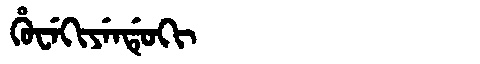
Manchu: ᡥᡠᠸᡝᡴᡳᠶᡝᠨᡩᡠᡴᡳ
Romanization: HUWEKIYENDUKI